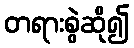
တရားစွဲဆို၍